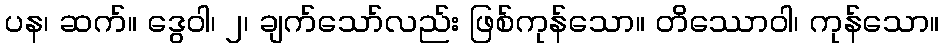
ပန၊ ဆက်။ ဒွေဝါ၊ ၂၊ ချက်သော်လည်း ဖြစ်ကုန်သော။ တိဿောဝါ၊ ကုန်သော။